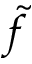
\tilde { f }